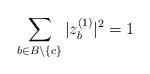
LaTeX: \begin{align*}\sum_{b\in B\setminus \{c\}} |z_b^{(1)}|^2&=1\end{align*}